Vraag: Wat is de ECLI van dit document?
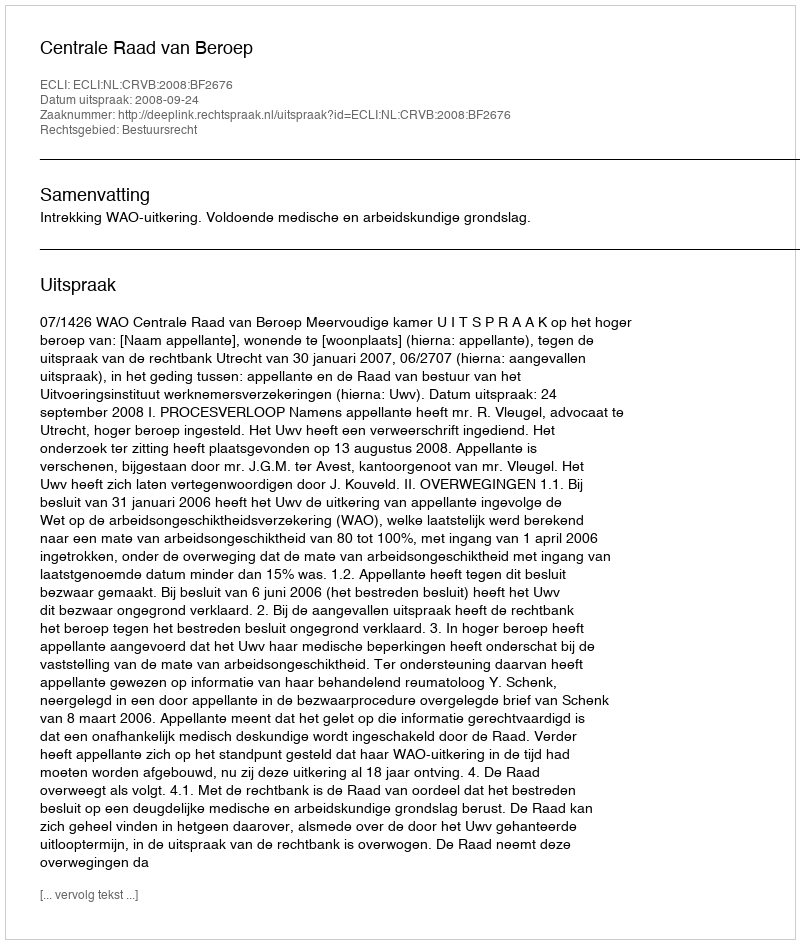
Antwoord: ECLI:NL:CRVB:2008:BF2676